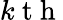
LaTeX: k\mathrm{~t~h~}